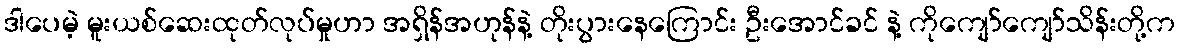
ဒါပေမဲ့ မူးယစ်ဆေးထုတ်လုပ်မှုဟာ အရှိန်အဟုန်နဲ့ တိုးပွားနေကြောင်း ဦးအောင်ခင် နဲ့ ကိုကျော်ကျော်သိန်းတို့က